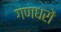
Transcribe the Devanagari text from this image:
गणधरों